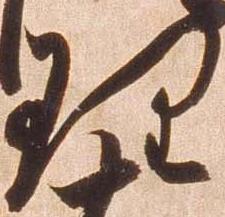
理